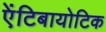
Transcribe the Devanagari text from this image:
एेंटिबायोटिक